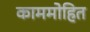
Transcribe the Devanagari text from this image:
काममोहित